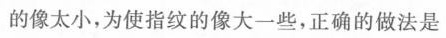
的像太小，为使指纹的像大一些，正确的做法是